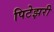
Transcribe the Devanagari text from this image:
पिटेझरी